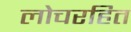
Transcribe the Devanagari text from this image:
लोचरहित